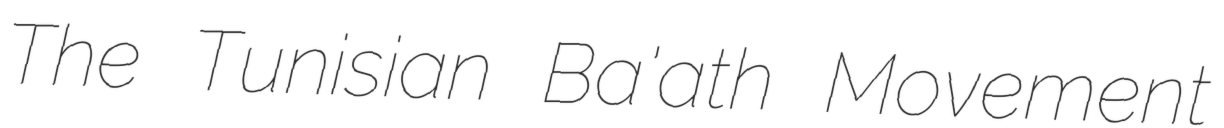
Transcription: The Tunisian Ba'ath Movement